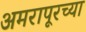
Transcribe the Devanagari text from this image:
अमरापूरच्या